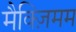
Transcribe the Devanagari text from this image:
मैक्ज़िमम